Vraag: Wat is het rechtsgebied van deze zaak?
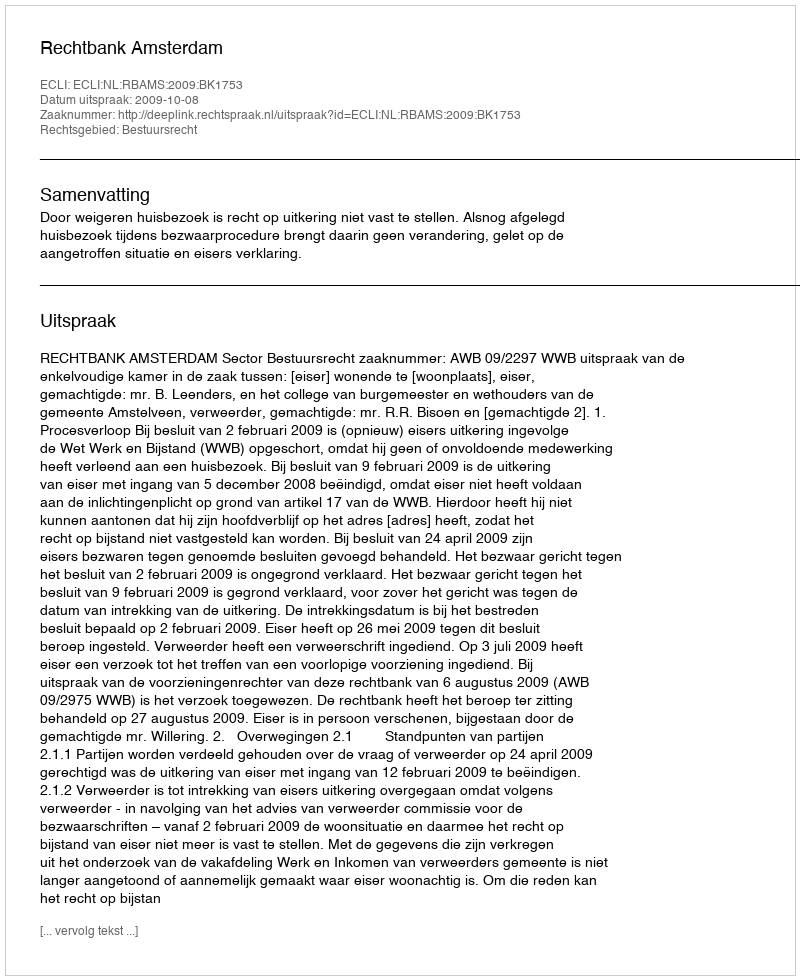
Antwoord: Bestuursrecht